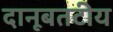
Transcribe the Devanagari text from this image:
दानूबतटीय